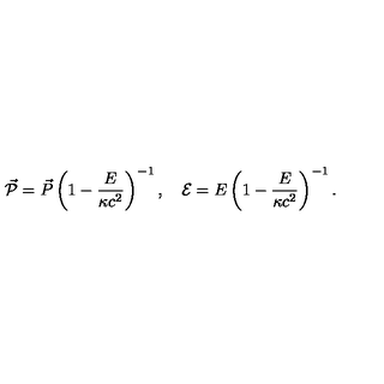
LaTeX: \vec { \cal { P } } = \vec { P } \left( 1 - \frac { E } { \kappa c ^ { 2 } } \right) ^ { - 1 } , \quad { \cal { E } } = E \left( 1 - \frac { E } { \kappa c ^ { 2 } } \right) ^ { - 1 } .